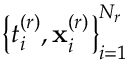
\left\{ { t } _ { i } ^ { ( r ) } , { \bf x } _ { i } ^ { ( r ) } \right\} _ { i = 1 } ^ { N _ { r } }